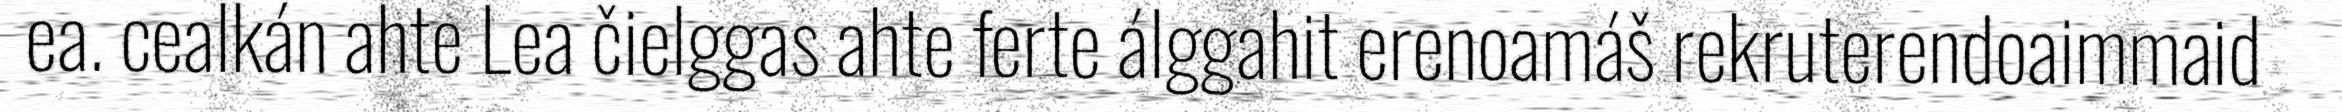
ea. cealkán ahte Lea čielggas ahte ferte álggahit erenoamáš rekruterendoaimmaid